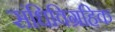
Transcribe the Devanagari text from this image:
संधिविग्रहिक